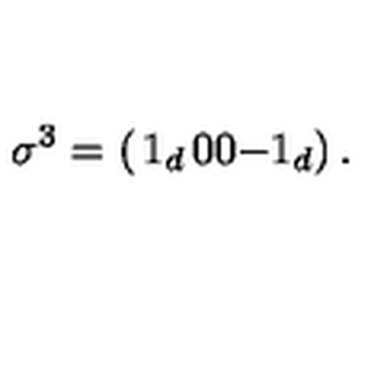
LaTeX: \sigma ^ { 3 } = \left( \begin{matrix} { 1 _ { d } } & { 0 } \\ { 0 } & { - 1 _ { d } } \\ \end{matrix} \right) .